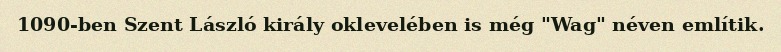
1090-ben Szent László király oklevelében is még "Wag" néven említik.